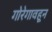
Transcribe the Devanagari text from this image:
गोरेगावहून